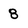
Character: 8